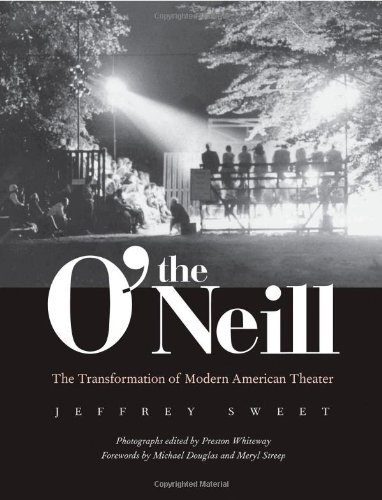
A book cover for The O'Neill: The Transformation of Modern American Theater; Jeffrey Sweet; Biographies & Memoirs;